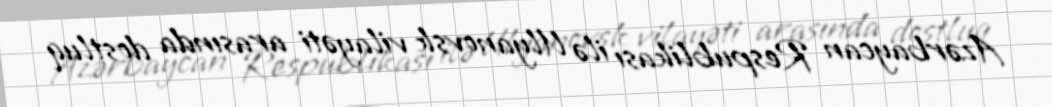
Azərbaycan Respublikası ilə Ulyanovsk vilayəti arasında dostluq